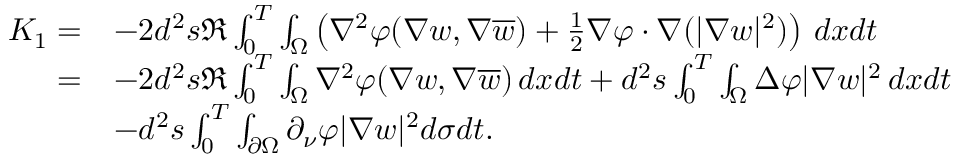
\begin{array} { r l } { K _ { 1 } = } & { - 2 d ^ { 2 } s \Re \int _ { 0 } ^ { T } \int _ { \Omega } \left( \nabla ^ { 2 } \varphi ( \nabla w , \nabla \overline { { w } } ) + \frac { 1 } { 2 } \nabla \varphi \cdot \nabla ( | \nabla w | ^ { 2 } ) \right) \, d x d t } \\ { = } & { - 2 d ^ { 2 } s \Re \int _ { 0 } ^ { T } \int _ { \Omega } \nabla ^ { 2 } \varphi ( \nabla w , \nabla \overline { { w } } ) \, d x d t + d ^ { 2 } s \int _ { 0 } ^ { T } \int _ { \Omega } \Delta \varphi | \nabla w | ^ { 2 } \, d x d t } \\ & { - d ^ { 2 } s \int _ { 0 } ^ { T } \int _ { \partial \Omega } \partial _ { \nu } \varphi | \nabla w | ^ { 2 } d \sigma d t . } \end{array}